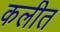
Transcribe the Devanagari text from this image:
कलीत